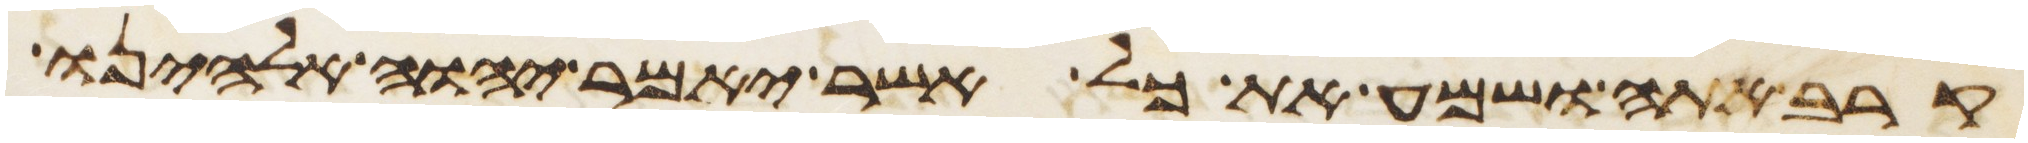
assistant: קרב אתה ושמע את כל אשר יאמר יהוה אלהינו